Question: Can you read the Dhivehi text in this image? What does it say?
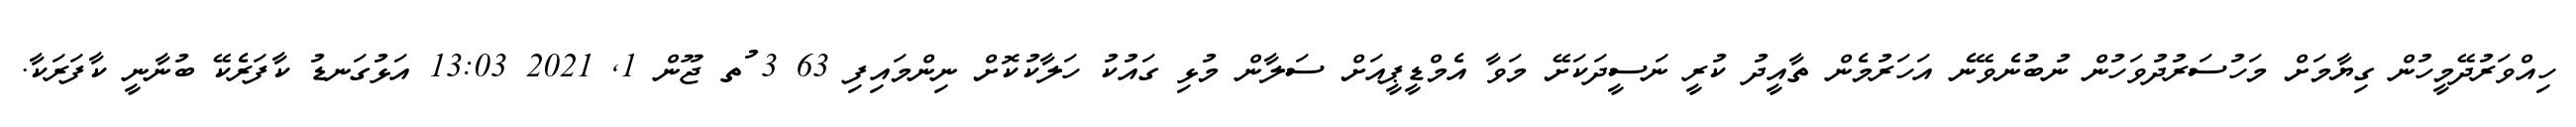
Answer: ހިއްވަރުދޭމީހުން ގިޔާމަށް މަހުސަރުދުވަހުން ނުބުނެވޭނެ އަހަރުމެން ތާއީދު ކުރީ ނަސީދަކަށޭ މަވާ އެމްޑީޕީއަށް ސަލާން މުޅި ގައުކު ހަލާކުކޮށް ނިންމައިފި 63 3 ުތ ޖޫން 1, 2021 13:03 އަޅުގަނޑު ކާފަރެކޭ ބުނާނީ ކާފަރަކާ.